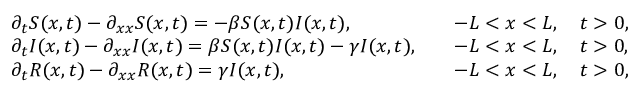
\begin{array} { r l r } & { \partial _ { t } S ( x , t ) - \partial _ { x x } S ( x , t ) = - \beta S ( x , t ) I ( x , t ) , } & { \quad - L < x < L , \quad t > 0 , } \\ & { \partial _ { t } I ( x , t ) - \partial _ { x x } I ( x , t ) = \beta S ( x , t ) I ( x , t ) - \gamma I ( x , t ) , } & { \quad - L < x < L , \quad t > 0 , } \\ & { \partial _ { t } R ( x , t ) - \partial _ { x x } R ( x , t ) = \gamma I ( x , t ) , } & { \quad - L < x < L , \quad t > 0 , } \end{array}